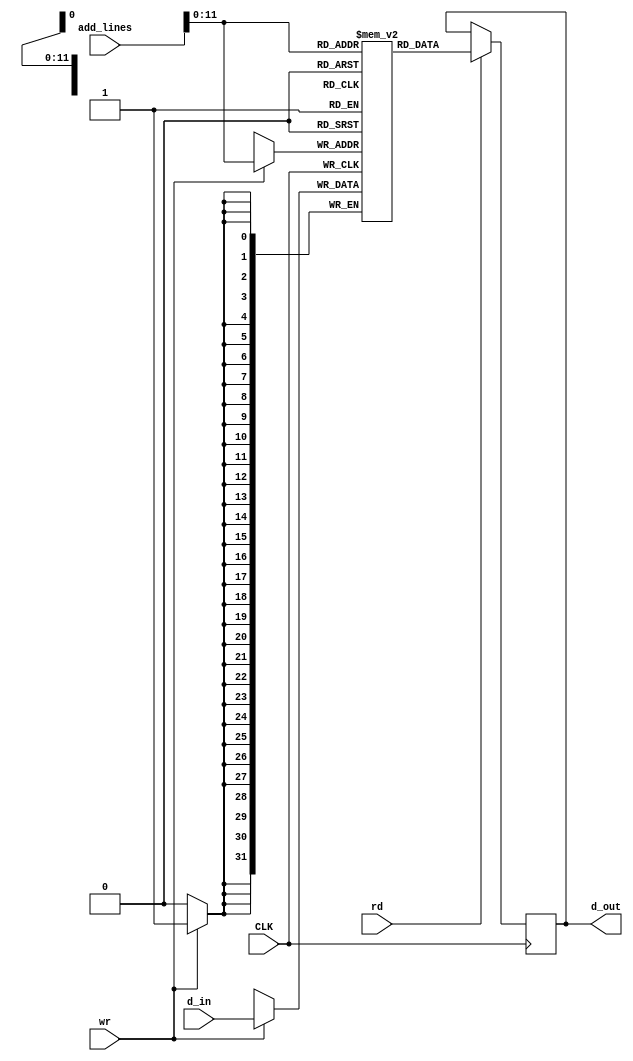
//Data Memory

//???

module dataMemory(rd, wr, d_in,add_lines, d_out, CLK);

input rd;   //1 to read from memory
input wr;   //1 to write to memory
input [31:0] d_in;  //32 bit input to write to memory

//the size of the Mem must be adjusted with this
input [31:0] add_lines;   //32 bit address lines

output reg [31:0] d_out;  //32 bit output

//actual memory
reg [31:0] Mem [0:4095];

input CLK;

initial begin
  $display("IN Data Memory");
  Mem[0] <= 12;
end

always@(posedge CLK)
begin
  //assuming the user takes care of not sending both high simultaneously
  if(rd) begin
    $display("Data at 0 : %d", Mem[0]);
    d_out <= Mem[add_lines];
  end
  if(wr) begin
    $display("Reached Data Memory for Writing the value %d", d_in);
    //need blocking assignment for correct behaviour
    Mem[add_lines] = d_in;
    $display("Data W to %d is : %d", add_lines, Mem[add_lines]);
  end
end

endmodule